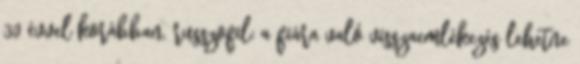
30 évvel korábban. russzofil: a fiára való visszaemlékezés lehetne